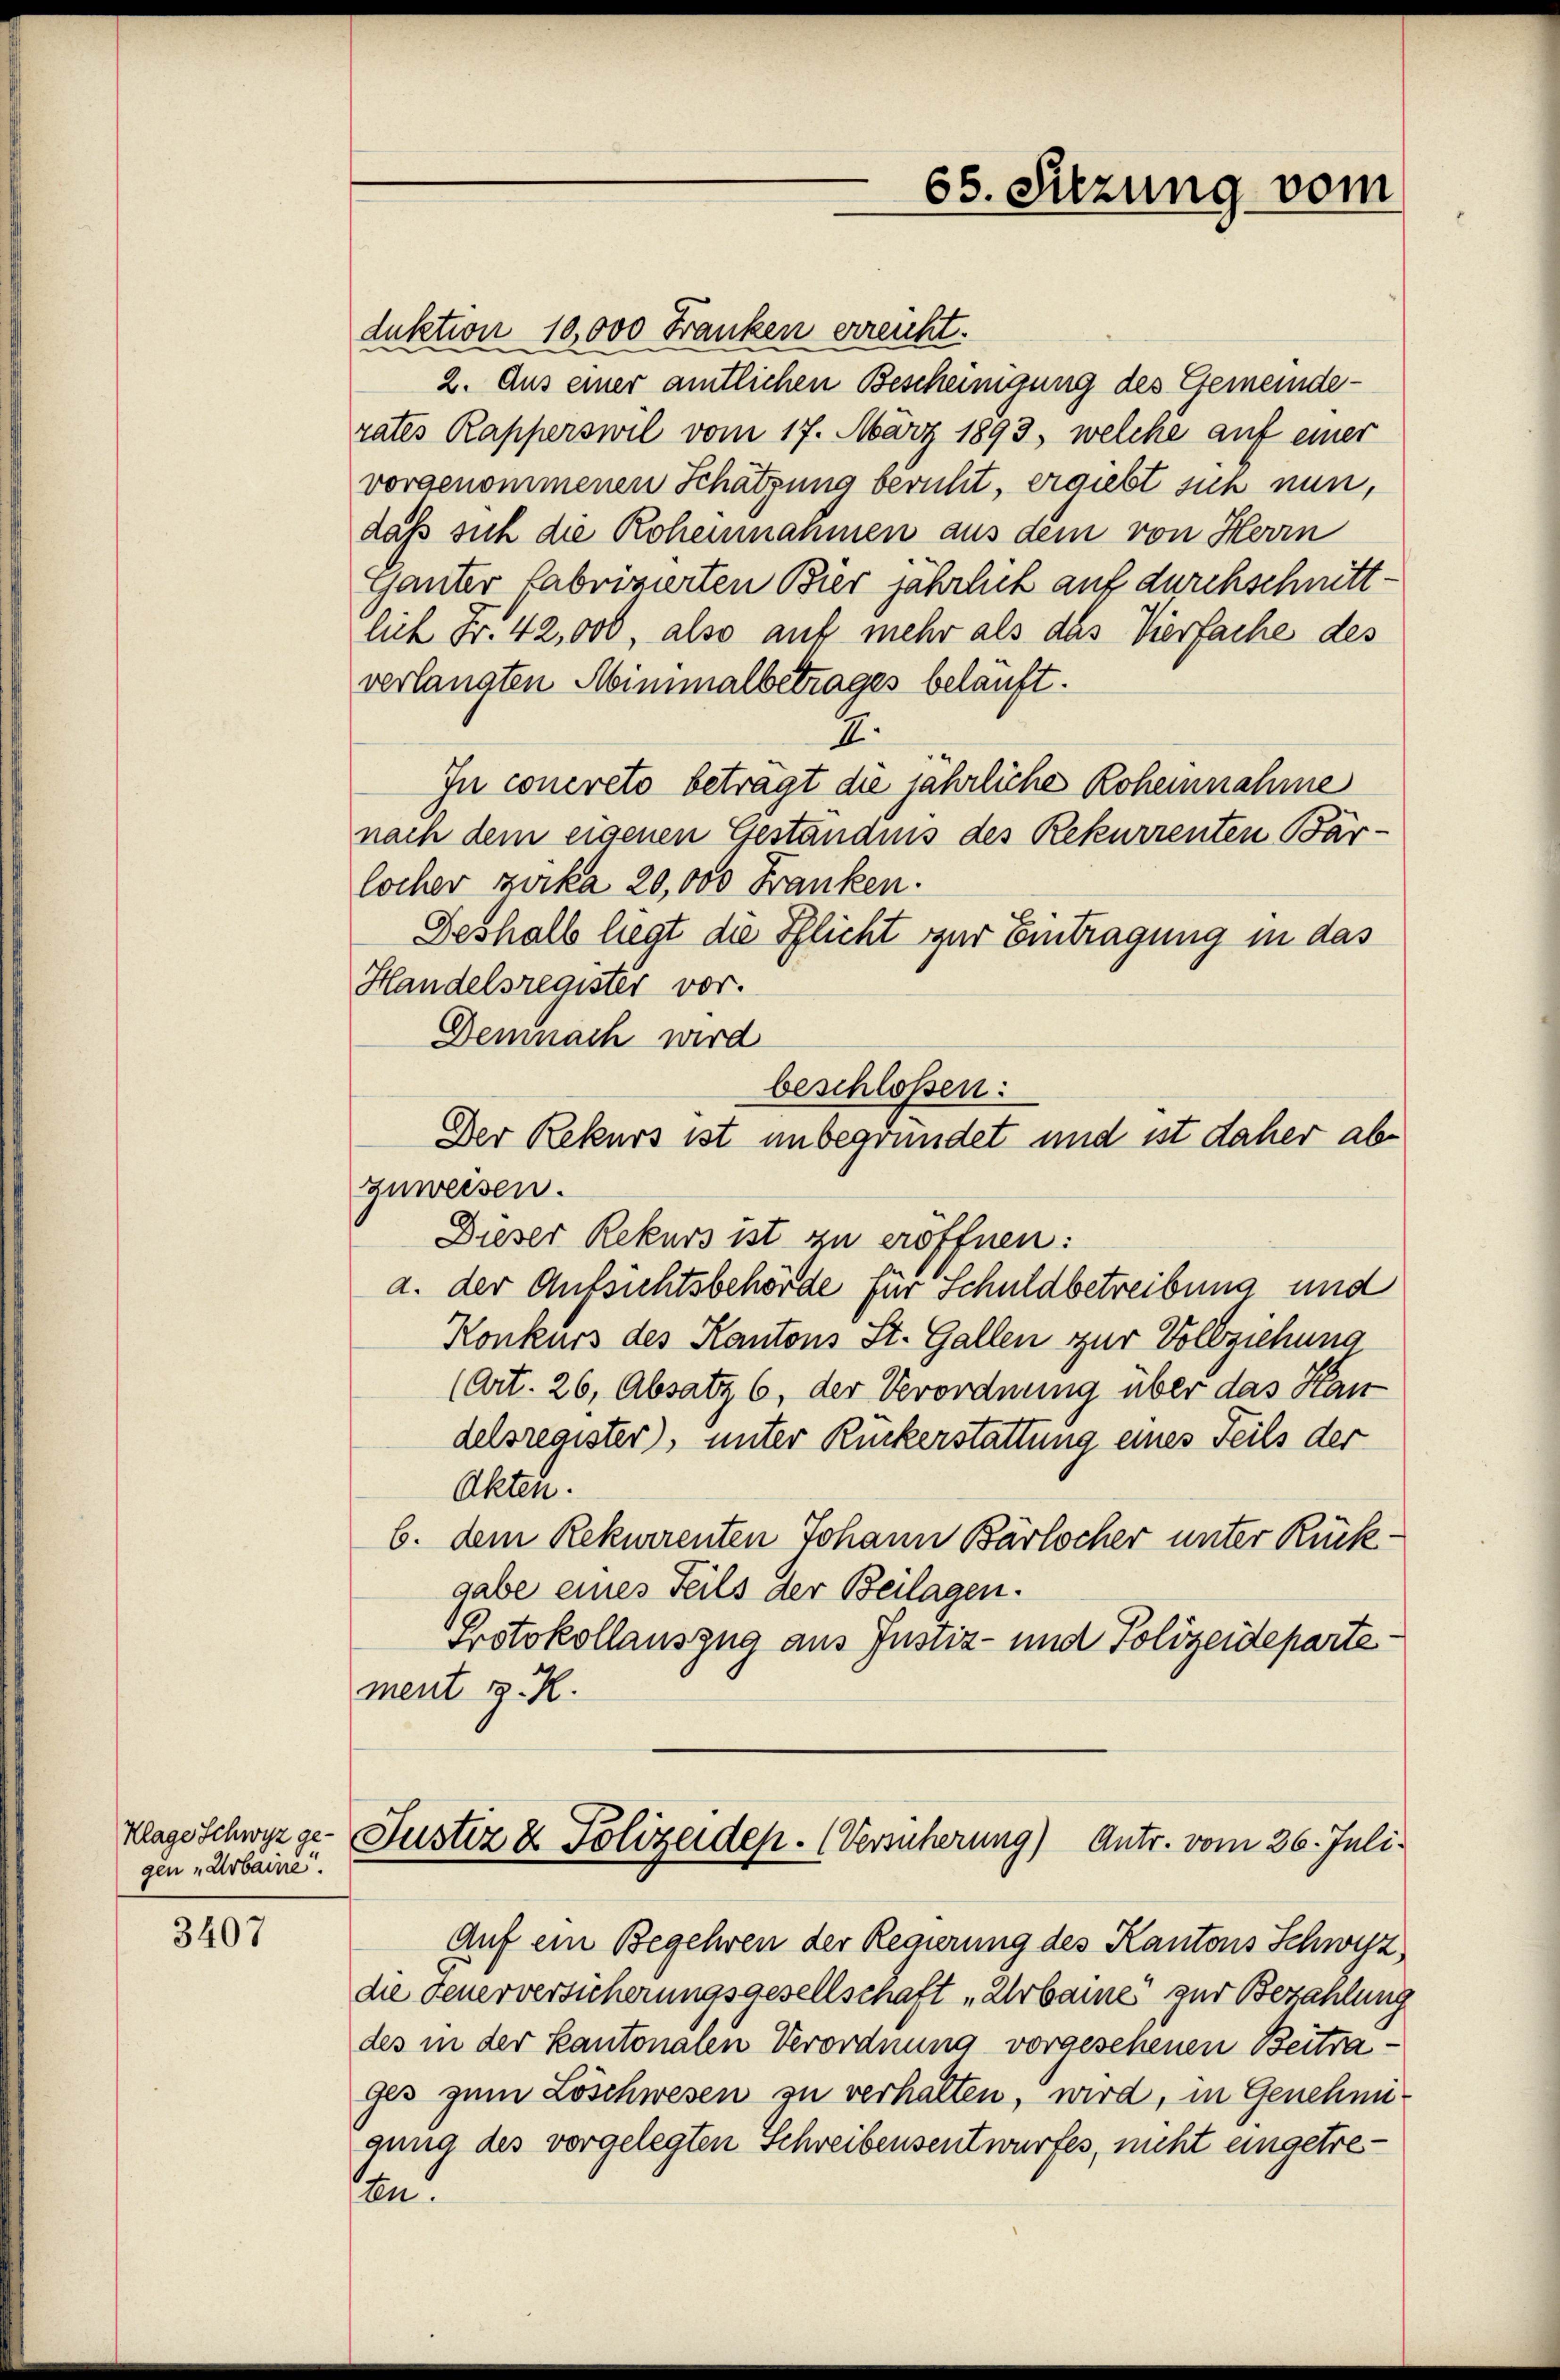
Klage Schwyz gegen „Arbaine.

3407

duktion 10,000 Franken erreicht.
2. Aus einer amtlichen Bescheinigung des Gemeinderates Rapperswil vom 17. März 1893, welche auf einer
vorgenommenen Schätzung beruht, ergiebt sich nun,
daß sich die Rohennahmen aus dem von Herrn
Ganter fabrizierten Bier jährlich auf durchschnittlich Fr. 42,000, also auf mehr als das Vierfache des
verlangten Minimalbetrages belauft.
II.
In concreto beträgt die jährliche Rohennahme
nach dem eigenen Geständnis des Rekurrenten Barlocher zurka 20,000 Franken.
Deshalb liegt die Pflicht zur Eintragung in das
Handelsregister vor.
Demnach wird
beschloßen:
Der Rekurs ist unbegründet und ist daher abzuweisen.
Dieser Rekurs ist zu eröffnen:
a. der Aufsichtsbehörde für Schuldbetreibung und
Konkurs des Kantons St. Gallen zur Vollziehung
(Art. 26, Absatz 6, der Verordnung über das Kant
delsregister), unter Ruckerstattung eines Teils der
Akten.
b. dem Rekurrenten Johann Bärlocher unter Rückgabe eines Teils der Beilagen.
Protokollauszug aus Justiz- und Polizeideparte
ment z. R.

65. Sitzung vom

Auf ein Begehren der Regierung des Kantons Schwyz,
die Feuerversicherungsgesellschaft „Arbaines zur Bezahlung
des in der Kantonalen Verordnung vorgesehenen Beitrages zum Löschwesen zu verhalten, wird, in Genehmigung des vorgelegten Schreibensentwurfes, nicht eingetren.

Justiz & Polizeidep. (Versucherung) Antr. vom 26. Juli.